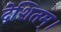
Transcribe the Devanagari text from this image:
देशितम्।